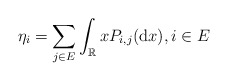
\begin{align*}\eta_i =\sum_{j\in E}\int_{\mathbb{R}}xP_{i,j} ({\rm d}x), i\in E\end{align*}